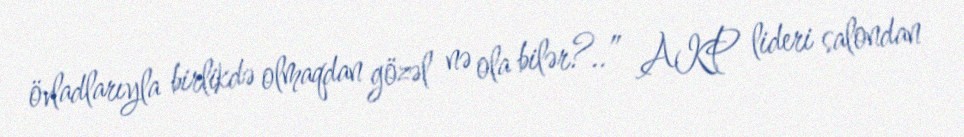
övladlarıyla birlikdə olmaqdan gözəl nə ola bilər?..” AKP lideri salondan